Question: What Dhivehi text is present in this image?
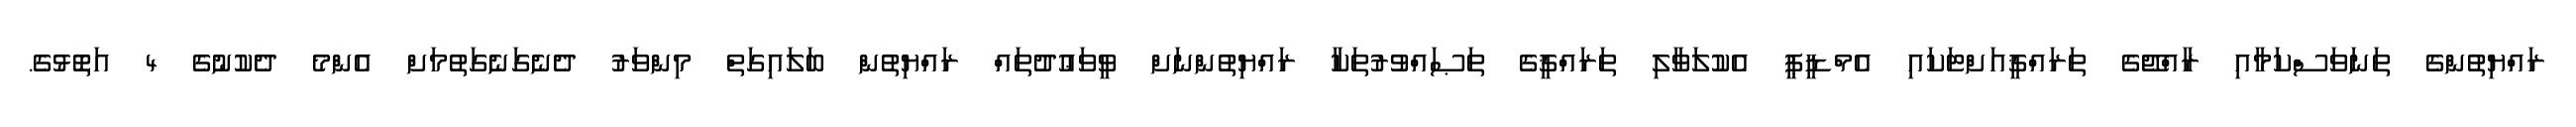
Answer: ރައްޔިތުންގެ ތަނަވަސްކަމާއި ރާއްޖޭގެ ތަރައްޤީއަށްޓަކައި އެމްޑީޕީ އެކުލަވާލި ތަރައްޤީގެ ތަޞައްވުރުތަކާ ރައްޔިތުންނަށް ވީވަޢުދުތައް ރައްޔިތުން ބަލައިގަތް މިންވަރު ދެނެގަނެގަތުމަށް އެންމެ ދެކުނުގެ 4 އަތޮޅުގެ.